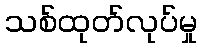
သစ်ထုတ်လုပ်မှု